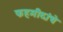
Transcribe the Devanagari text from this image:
फहमीदांचे